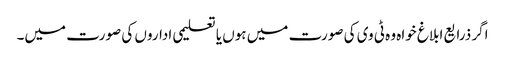
اگر ذرایع ابلاغ خواہ وہ ٹی وی کی صورت میں ہوں یا تعلیمی اداروں کی صورت میں۔